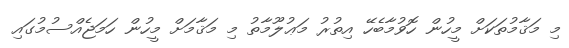
މި މަޤާމުތަކަށް މީހުން ހޮވުމާބެހޭ އިތުރު މަޢުލޫމާތު މި މަޤާމަށް މީހުން ހަމަޖެއްސުމުގައި